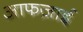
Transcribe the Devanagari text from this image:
आफज़ाई